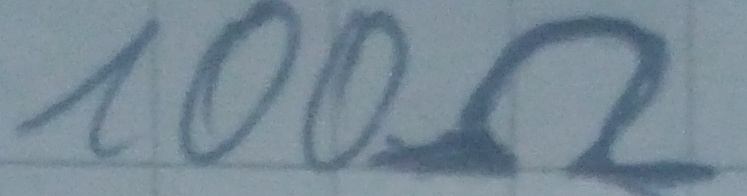
Text: 100Ω